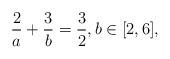
\begin{align*}\frac{2}{a}+\frac{3}{b}=\frac{3}{2}, b \in [2,6],\end{align*}